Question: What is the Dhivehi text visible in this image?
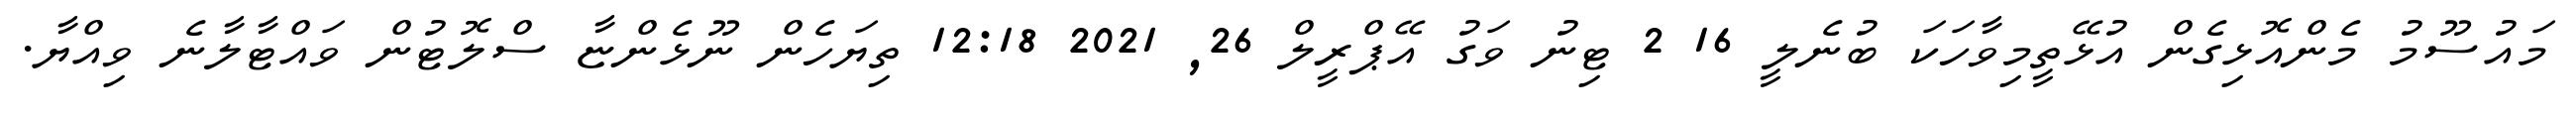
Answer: މައުސޫމު މެންއޮޅިގެން އުޅޭތީމިވާހަކަ ބުނެލީ 16 2 ޓިނު ވަގު އޭޕްރީލް 26, 2021 12:18 ތިޔަހެން ނޫޅެންޏާ ސްލޮޓުން ވައްޓާލާނެ ވިއްޔާ.